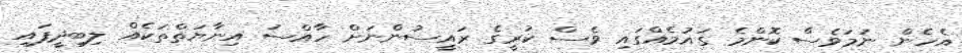
އެހެން ނަމަވެސް ކޮންމެ ގައުމެއްގައި ވެސް ކުރީގެ ރައީސުންނަށް ހާއްސަ އިނާޔަތްތަކެއް ލިބިދީފައި